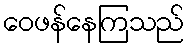
ဝေဖန်နေကြသည်